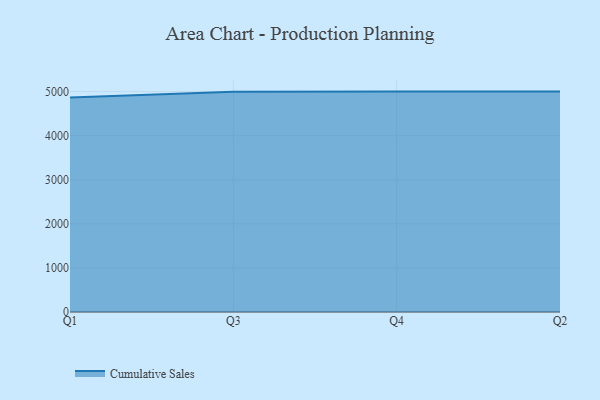
{"axis": {"x": "Quarter", "y": "Temperature (°C)"}, "legend": ["Cumulative Sales"], "data": [{"x": "Q1", "y": 4865.1, "type": "Cumulative Sales"}, {"x": "Q3", "y": 4998.6, "type": "Cumulative Sales"}, {"x": "Q4", "y": 5000, "type": "Cumulative Sales"}, {"x": "Q2", "y": 5000, "type": "Cumulative Sales"}]}